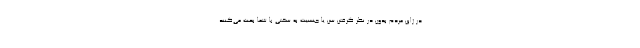
در ژاپن مردم بدون در نظر گرفتن سن یا جنسیت به سختی با شما بحث می‌کنند.